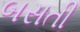
બસતી